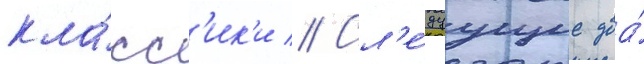
кла́сс'ик'и // Сл'е́дуущие два́